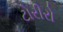
ટોરીરો